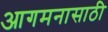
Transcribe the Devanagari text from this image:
आगमनासाठी